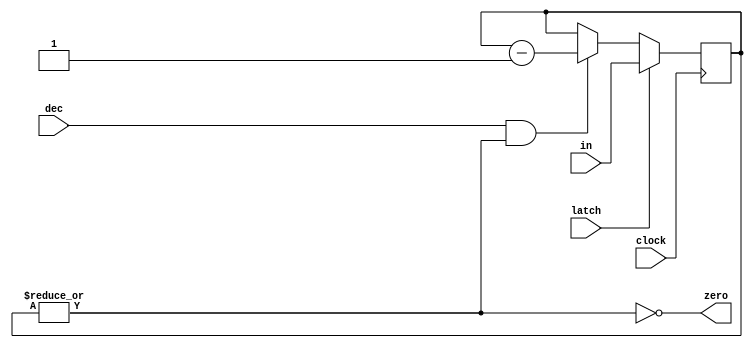
/*module************************************
*
* NAME:  counter
*
* DESCRIPTION:
*  downcounter with zero flag and synchronous clear
*
* NOTES:
*
* REVISION HISTORY
*    Date     Programmer    Description
*    7/10/97  P. Franzon    ece520-specific version
*
*M*/

/*======Declarations===============================*/

module counter (clock, in, latch, dec,  zero);


/*-----------Inputs--------------------------------*/

input       clock;  /* clock */
input [3:0] in;  /* input initial count */
input       latch;  /* `latch input' */
input       dec;   /* decrement */

/*-----------Outputs--------------------------------*/

output      zero;  /* zero flag */

/*----------------Nets and Registers----------------*/
/*---(See input and output for unexplained variables)---*/

reg [3:0] value;       /* current count value */
wire      zero;

// Count Flip-flops with input multiplexor
always@(posedge clock)
  begin  // begin-end not actually need here as there is only one statement
    if (latch) value <= in;
    else if (dec && !zero) value <= value - 1'b1;  
  end

// combinational logic for zero flag
assign zero = ~|value;

endmodule /* counter */